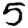
Digit: 5